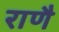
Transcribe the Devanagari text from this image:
राणै